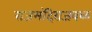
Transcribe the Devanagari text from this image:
राजमंदिराजवळ